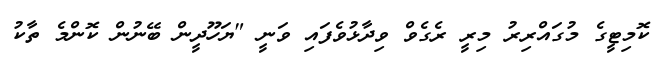
ކޮމިޓީގެ މުގައްރިރު މިރީ ރެގެވް ވިދާޅުވެފައި ވަނީ "ޔަހޫދީން ބޭނުން ކޮންމެ ތާކު